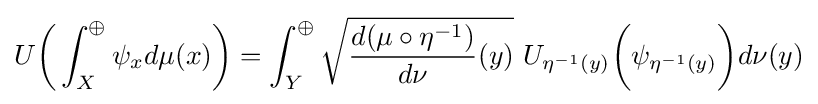
U{\bigg (}\int _{X}^{\oplus }\psi _{x}d\mu (x){\bigg )}=\int _{Y}^{\oplus }{\sqrt {{\frac {d(\mu \circ \eta ^{-1})}{d\nu }}(y)}}\ U_{\eta ^{-1}(y)}{\bigg (}\psi _{\eta ^{-1}(y)}{\bigg )}d\nu (y)